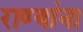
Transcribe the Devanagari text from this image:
राण्यांना